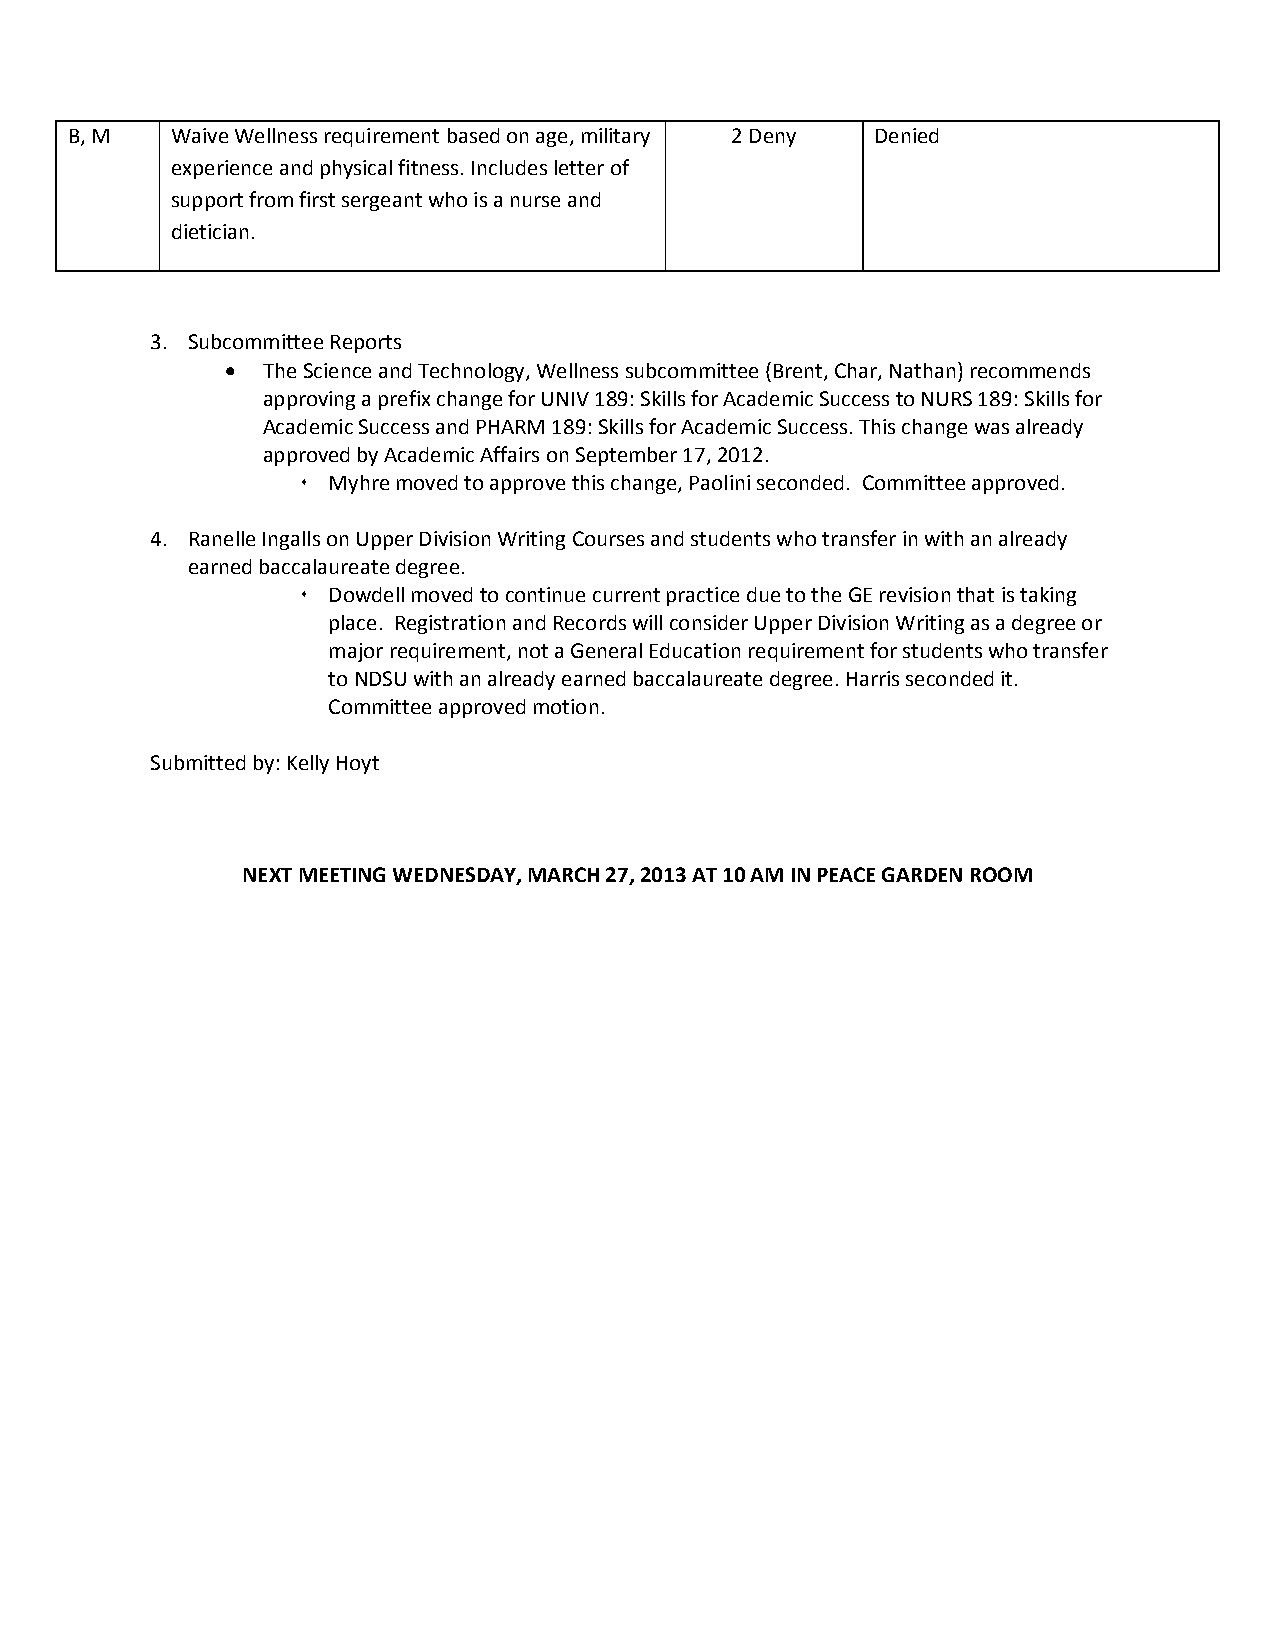
B, M   Waive Wellness requirement based on age, military 2 Deny Denied
 experience and physical fitness. Includes letter of
 support from first sergeant who is a nurse and
 dietician.
 3. Subcommittee Reports
 • The Science and Technology, Wellness subcommittee (Brent, Char, Nathan) recommends
 approving a prefix change for UNIV 189: Skills for Academic Success to NURS 189: Skills for
 Academic Success and PHARM 189: Skills for Academic Success. This change was already
 approved by Academic Affairs on September 17, 2012.
  Myhre moved to approve this change, Paolini seconded. Committee approved.
 4. Ranelle Ingalls on Upper Division Writing Courses and students who transfer in with an already
 earned baccalaureate degree.
  Dowdell moved to continue current practice due to the GE revision that is taking
 place. Registration and Records will consider Upper Division Writing as a degree or
 major requirement, not a General Education requirement for students who transfer
 to NDSU with an already earned baccalaureate degree. Harris seconded it.
 Committee approved motion.
 Submitted by: Kelly Hoyt
 NEXT MEETING WEDNESDAY, MARCH 27, 2013 AT 10 AM IN PEACE GARDEN ROOM